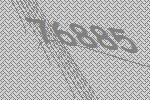
76885